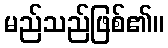
မည်သည်ဖြစ်၏။